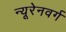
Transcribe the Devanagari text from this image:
न्यूरेनवर्ग